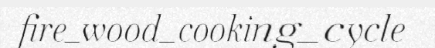
fire_wood_cooking_cycle